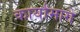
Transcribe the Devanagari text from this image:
कार्यांमागे